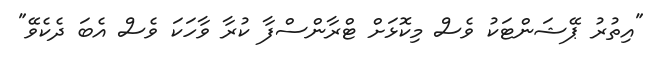
"އިތުރު ޕޭޝަންޓަކު ވެސް މިކޮޅަށް ޓްރާންސްފާ ކުރާ ވާހަކަ ވެސް އެބަ ދެކެވޭ"